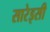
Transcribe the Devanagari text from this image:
सारेइसी